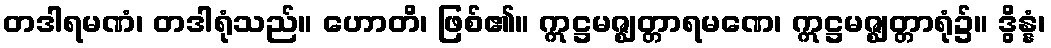
တဒါရမဏံ၊ တဒါရုံသည်။ ဟောတိ၊ ဖြစ်၏။ ဣဋ္ဌမဇ္ဈတ္တာရမဏေ၊ ဣဋ္ဌမဇ္ဈတ္တာရုံ၌။ ဒွိန္နံ၊